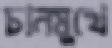
চানমুখে